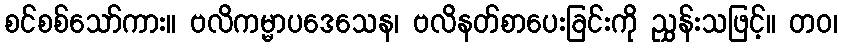
စင်စစ်သော်ကား။ ဗလိကမ္မာပဒေသေန၊ ဗလိနတ်စာပေးခြင်းကို ညွှန်းသဖြင့်။ တဝ၊